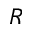
R